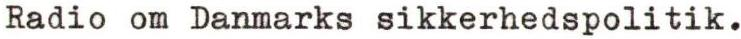
Radio om Danmarks sikkerhedspolitik.